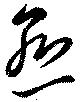
愈